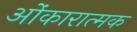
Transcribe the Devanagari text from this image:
ओंकारात्मक